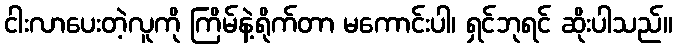
ငါးလာပေးတဲ့လူကို ကြိမ်နဲ့ရိုက်တာ မကောင်းပါ၊ ရှင်ဘုရင် ဆိုးပါသည်။